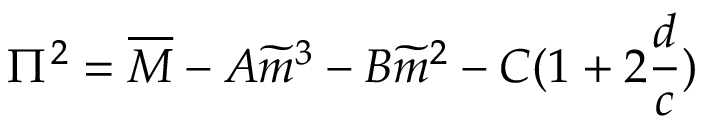
\Pi ^ { 2 } = \overline { { { M } } } - A \widetilde { m } ^ { 3 } - B \widetilde { m } ^ { 2 } - C ( 1 + 2 \frac { d } { c } )